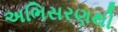
અભિસરણથી